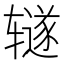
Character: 𫟦